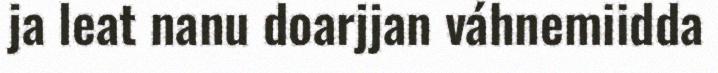
ja leat nanu doarjjan váhnemiidda